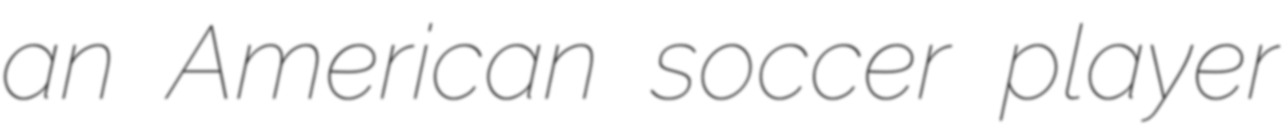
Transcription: an American soccer player